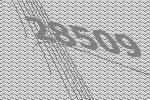
28509